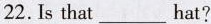
22.Is that___hat?